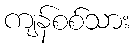
ကျန်စစ်သား